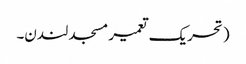
( تحریک تعمیر مسجد لندن۔